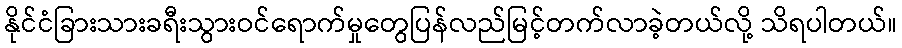
နိုင်ငံခြားသားခရီးသွားဝင်ရောက်မှုတွေပြန်လည်မြင့်တက်လာခဲ့တယ်လို့ သိရပါတယ်။